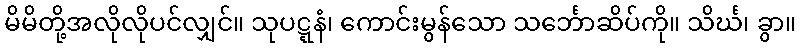
မိမိတို့အလိုလိုပင်လျှင်။ သုပဋ္ဋနံ၊ ကောင်းမွန်သော သင်္ဘောဆိပ်ကို။ သိင်္ဃ၊ ခွာ။